Statistics compiled by the Government of India from the reports of provincial Civil Veterinary Departments
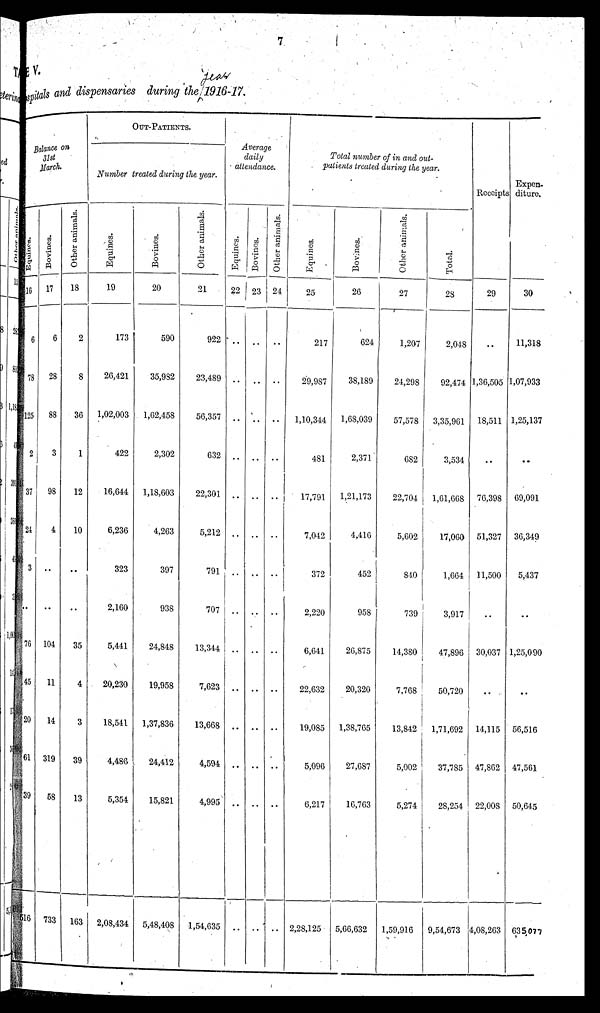
7
IV.
spitals and dispensaries during the 1916-17.
Balance on
31 st
March.
Equines.
16
6
78
125
2
37
24
3
..
76
45
20
61
39
516
Bovines.
17
6
28
88
3
98
4
..
..
104
11
14
319
58
733
Other animals.
18
2
8
36
1
12
10
..
..
35
4
3
39
13
163
OUT-PATIENTS.
Number treated during the year.
Equines.
19
173
26,421
1,02,003
422
16,644
6,236
323
2,160
5,441
20,230
18,541
4,486
5,354
2,08,434
Bovines.
20
590
35,982
1,62,458
2,302
1,18,603
4,263
397
938
24,848
19,958
1,37,836
24,412
15,821
5,48,408
Other animals.
21
922
23,489
56,357
632
22,301
5,212
791
707
13,344
7,623
13,668
4,594
4,995
1,54,635
Average
daily
attendance.
Equines.
22
..
..
..
..
..
..
..
..
..
..
..
..
..
..
Bovines.
23
..
..
..
..
..
..
..
..
..
..
..
..
..
..
Other animals.
24
..
..
..
..
..
..
..
..
..
..
..
..
..
..
Total number of in and out-
patients treated during the year.
Equines.
25
217
29,987
1,10,344
481
17,791
7,042
372
2,220
6,641
22,632
19,085
5,096
6,217
2,28,125
Bovines.
26
624
38,189
1,68,039
2,371
1,21,173
4,416
452
958
26,875
20,320
1,38,765
27,687
16,763
5,66,632
Other animals.
27
1,207
24,298
57,578
682
22,704
5,602
840
739
14,380
7,768
13,842
5,002
5,274
1,59,916
Total.
28
2,048
92,474
3,35,961
3,534
1,61,668
17,060
1,664
3,917
47,896
50,720
1,71,692
37,785
28,254
9,54,673
Receipts
29
..
1,36,505
18,511
..
76,398
51,327
11,500
..
30,037
..
14,115
47,862
22,008
4,08,263
Expen-
diture.
30
11,318
1,07,933
1,25,137
..
69,091
36,349
5,437
..
1,25,090
..
56,516
47,561
50,645
6,35,077